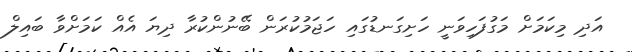
އަދި މިކަމަށް މަގުފަހިވަނީ ހަށިގަނޑުގައި ހަޖަމުކުރަން ބޭނުންކުރާ ދިޔަ އެއް ކަމަށްވާ ބައިލް